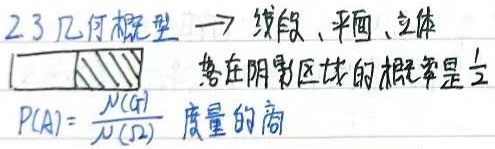
2.3 几何概型 → 线段、平面、立体落在阴影区域的概率是\(\frac{1}{2}\)。\(P(A)=\frac{\mu(A)}{\mu(\Omega)}\)（度量的商）